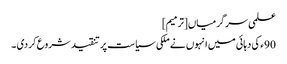
علمی سرگرمیاں[ترمیم]
90ء کی دہائی میں انہوں نے ملکی سیاست پر تنقید شروع کر دی ۔